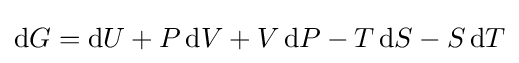
\mathrm {d} G=\mathrm {d} U+P\,\mathrm {d} V+V\,\mathrm {d} P-T\,\mathrm {d} S-S\,\mathrm {d} T